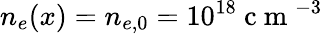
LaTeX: n_{e}(x)=n_{e,0}=10^{18}\mathrm{~c~m~}^{-3}